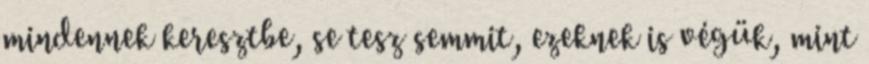
mindennek keresztbe, se tesz semmit, ezeknek is végük, mint